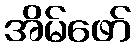
အိမ်ဖော်